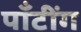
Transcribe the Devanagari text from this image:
पाँटींग